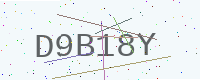
Text: D9B18Y